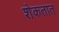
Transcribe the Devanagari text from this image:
शेकतात